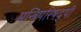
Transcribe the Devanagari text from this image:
मन्त्रिपरिषद्‍थी